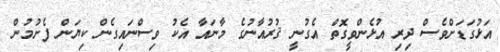
އަޅުގަޑަށްވެސް ދިރި އުޅެންވީގޮތް އެގުނީ ޤުރުއާނުގެ މާނައާ އެކު ވިސްނައިގެން ކިޔަން ފެށުމުން